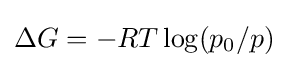
\Delta G=-RT\log(p_{0}/p)